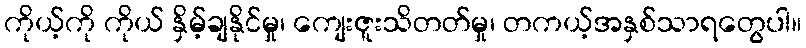
ကိုယ့်ကို ကိုယ် နှိမ့်ချနိုင်မှု၊ ကျေးဇူးသိတတ်မှု၊ တကယ့်အနှစ်သာရတွေပါ။